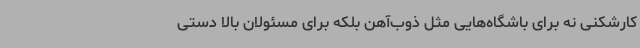
کارشکنی نه برای باشگاه‌هایی مثل ذوب‌آهن بلکه برای مسئولان بالا دستی